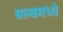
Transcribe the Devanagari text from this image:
बल्बमध्ये